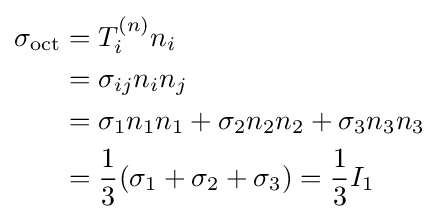
{\begin{aligned}\sigma _{\text{oct}}&=T_{i}^{(n)}n_{i}\\&=\sigma _{ij}n_{i}n_{j}\\&=\sigma _{1}n_{1}n_{1}+\sigma _{2}n_{2}n_{2}+\sigma _{3}n_{3}n_{3}\\&={\frac {1}{3}}(\sigma _{1}+\sigma _{2}+\sigma _{3})={\frac {1}{3}}I_{1}\end{aligned}}